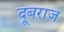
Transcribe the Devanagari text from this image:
दूबराज